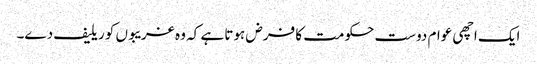
ایک اچھی عوام دوست حکومت کا فرض ہوتا ہے کہ وہ غریبوں کو ریلیف دے۔